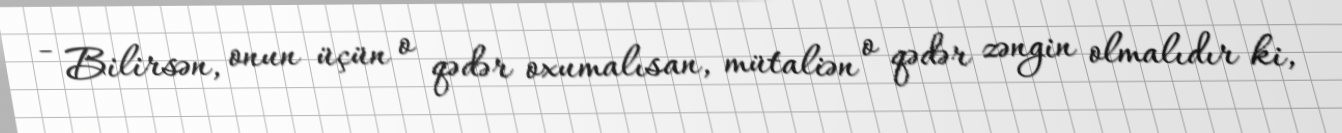
- Bilirsən, onun üçün o qədər oxumalısan, mütaliən o qədər zəngin olmalıdır ki,